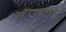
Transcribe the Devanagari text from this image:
हातराण